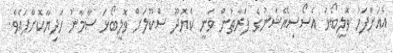
އެއަށްފަހު ވޮލީބޯޅަ އެސޯސިއޭޝަނުގެ ފަރާތުން ވަނީ ކެޔޮދޫ ސްކޫލަށް ވޮލީބޯޅަ ސާމާނު ހަދިޔާކޮށްފައެވެ.